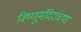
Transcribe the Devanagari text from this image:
विष्णूमंदिरांच्या